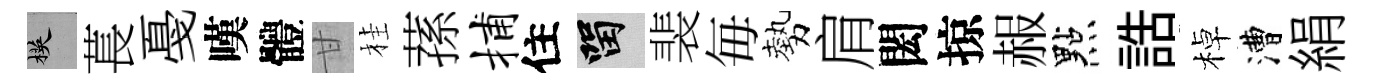
楧萇戞嘆體甘桂蓀捕住留裴毎勢肩閎掠赧點誥棹漕絹